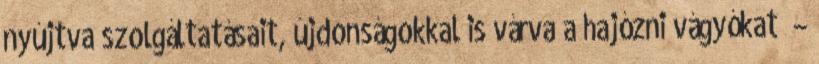
nyújtva szolgáltatásait, újdonságokkal is várva a hajózni vágyókat” –